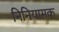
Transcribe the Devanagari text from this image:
निनियामक